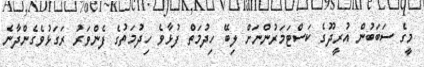
މީގެ ސަބަބުން އުރީދޫގެ ކަސްޓަމަރުންނަށް ލިބޭ ހިދުމަތް ފުޅާވެ ހިދުމަތުގެ ފެންވަރު ރަގަޅުވެގެންދާނެ